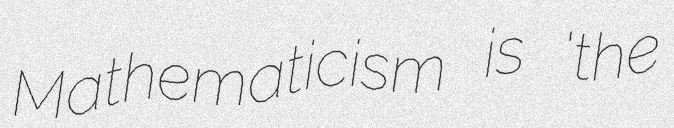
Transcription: Mathematicism is 'the